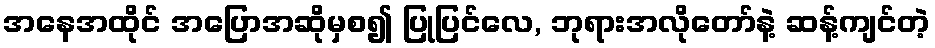
အနေအထိုင် အပြောအဆိုမှစ၍ ပြုပြင်လေ, ဘုရားအလိုတော်နဲ့ ဆန့်ကျင်တဲ့